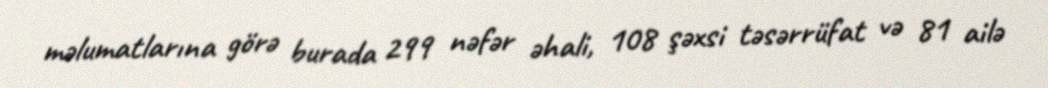
məlumatlarına görə burada 299 nəfər əhali, 108 şəxsi təsərrüfat və 81 ailə